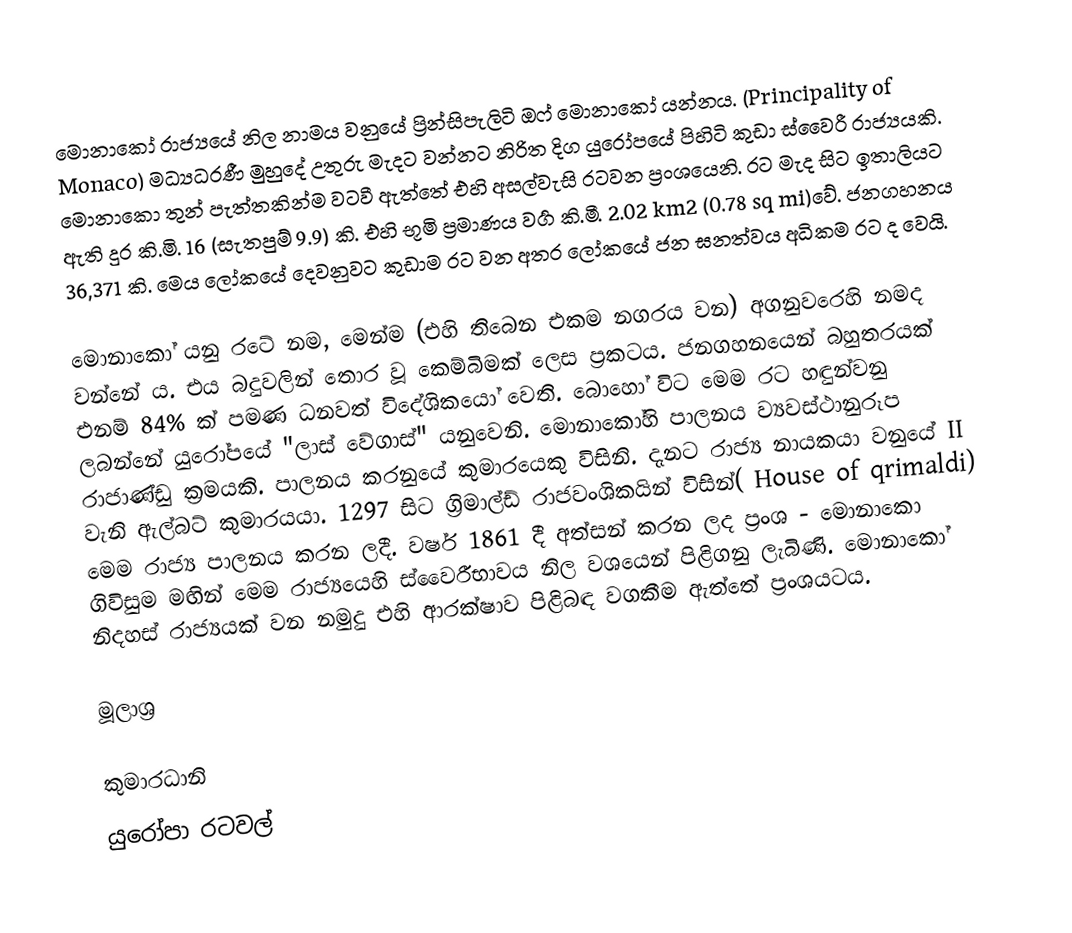
මොනාකෝ රාජ්‍යයේ නිල නාමය වනුයේ ප්‍රින්සිපැලිටි ඔෆ් මොනාකෝ යන්නය. (Principality of Monaco) මධ්‍යධරණී මුහුදේ උතුරු මැදට වන්නට නිරිත දිග යුරෝපයේ පිහිටි කුඩා ස්වෛරී රාජ්‍යයකි. මොනාකො තුන් පැත්තකින්ම  වටවී ඇත්තේ එහි අසල්වැසි රටවන ප්‍රංශයෙනි. රට මැද සිට ඉතාලියට ඇති දුර කි.මි. 16 (සැතපුම් 9.9) කි. එහි භූමි ප්‍රමාණය වර්‍ග කි.මී. 2.02 km2 (0.78 sq mi)වේ. ජනගහනය 36,371 කි. මෙය ලෝකයේ දෙවනුවට කුඩාම රට වන අතර ලෝකයේ ජන ඝනත්වය අධිකම රට ද වෙයි.

මොනාකෝ යනු රටේ නම, මෙන්ම (එහි තිබෙන එකම නගරය වන) අගනුවරෙහි නමද වන්නේ ය. එය බදුවලින් තොර වූ කෙම්බිමක් ලෙස ප්‍රකටය. ජනගහනයෙන් බහුතරයක් එනම් 84% ක් පමණ ධනවත් විදේශිකයෝ වෙති. බොහෝ විට මෙම රට හඳුන්වනු ලබන්නේ යුරෝපයේ "ලාස් වේගා‍ස්" යනුවෙනි. මොනාකෝහි පාලනය ව්‍යවස්ථානුරූප රාජාණ්ඩු ක්‍රමයකි. පාලනය කරනුයේ කුමාරයෙකු විසිනි. දැනට රාජ්‍ය නායකයා වනුයේ II වැනි ඇල්බට් කුමාරයයා. 1297 සිට ග්‍රිමාල්ඩ් රාජවංශිකයින් විසින්( House of qrimaldi) මෙම රාජ්‍ය පාලනය කරන ලදී. වර්ෂ 1861 දී අත්සන් කරන ලද ප්‍රංශ - මොනාකො ගිවිසුම මඟින් මෙම රාජ්‍යයෙහි ස්වෛරීභාවය නිල වශයෙන් පිළිගනු ලැබිණි. මොනාකෝ නිදහස් රාජ්‍යයක් වන නමුදු එහි ආරක්ෂාව පිළිබඳ වගකීම ඇත්තේ ප්‍රංශයටය.

මූලාශ්‍ර

කුමාරධානි
යුරෝපා රටවල්